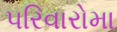
પરિવારોમા